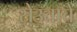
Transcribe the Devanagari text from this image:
सेउताचे